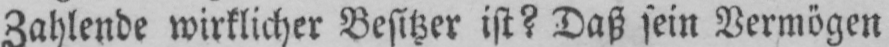
Zahlende wirklicher Besitzer ist? Daß sein Vermögen